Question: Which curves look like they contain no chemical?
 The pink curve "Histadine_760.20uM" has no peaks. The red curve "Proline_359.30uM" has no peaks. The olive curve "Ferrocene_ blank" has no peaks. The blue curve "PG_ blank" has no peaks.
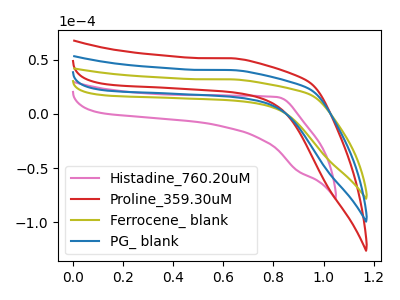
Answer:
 <answer>"Histadine_760.20uM", "Proline_359.30uM", "Ferrocene_ blank" and "PG_ blank" are likely to be blanks.</answer>
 <eval>"Histadine_760.20uM", "Proline_359.30uM", "Ferrocene_ blank", "PG_ blank"</eval>